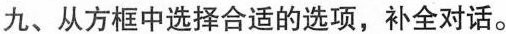
九、从方框中选择合适的选项，补全对话.。